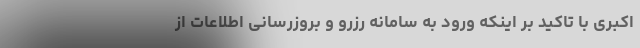
اکبری با تاکید بر اینکه ورود به سامانه رزرو و بروزرسانی اطلاعات از